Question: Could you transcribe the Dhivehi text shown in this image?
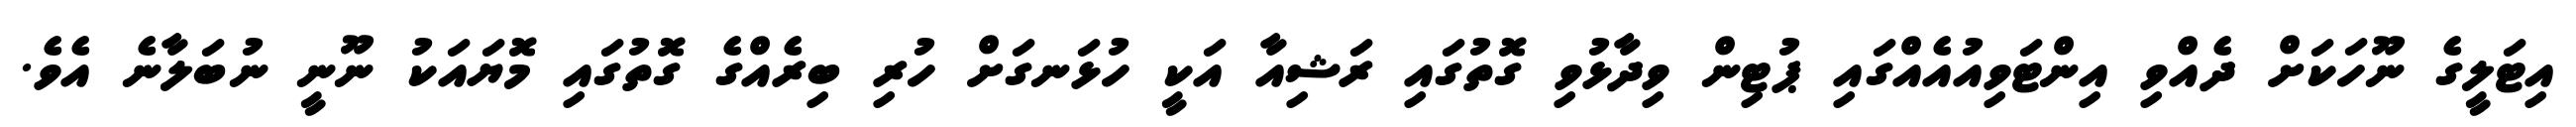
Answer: އިޓަލީގެ ނޫހަކަށް ދެއްވި އިންޓަވިއުއެއްގައި ޕުޓިން ވިދާޅުވި ގޮތުގައި ރަޝިއާ އަކީ ހުޅަނގަށް ހުރި ބިރެއްގެ ގޮތުގައި މޮޔައަކު ނޫނީ ނުބަލާނެ އެވެ.